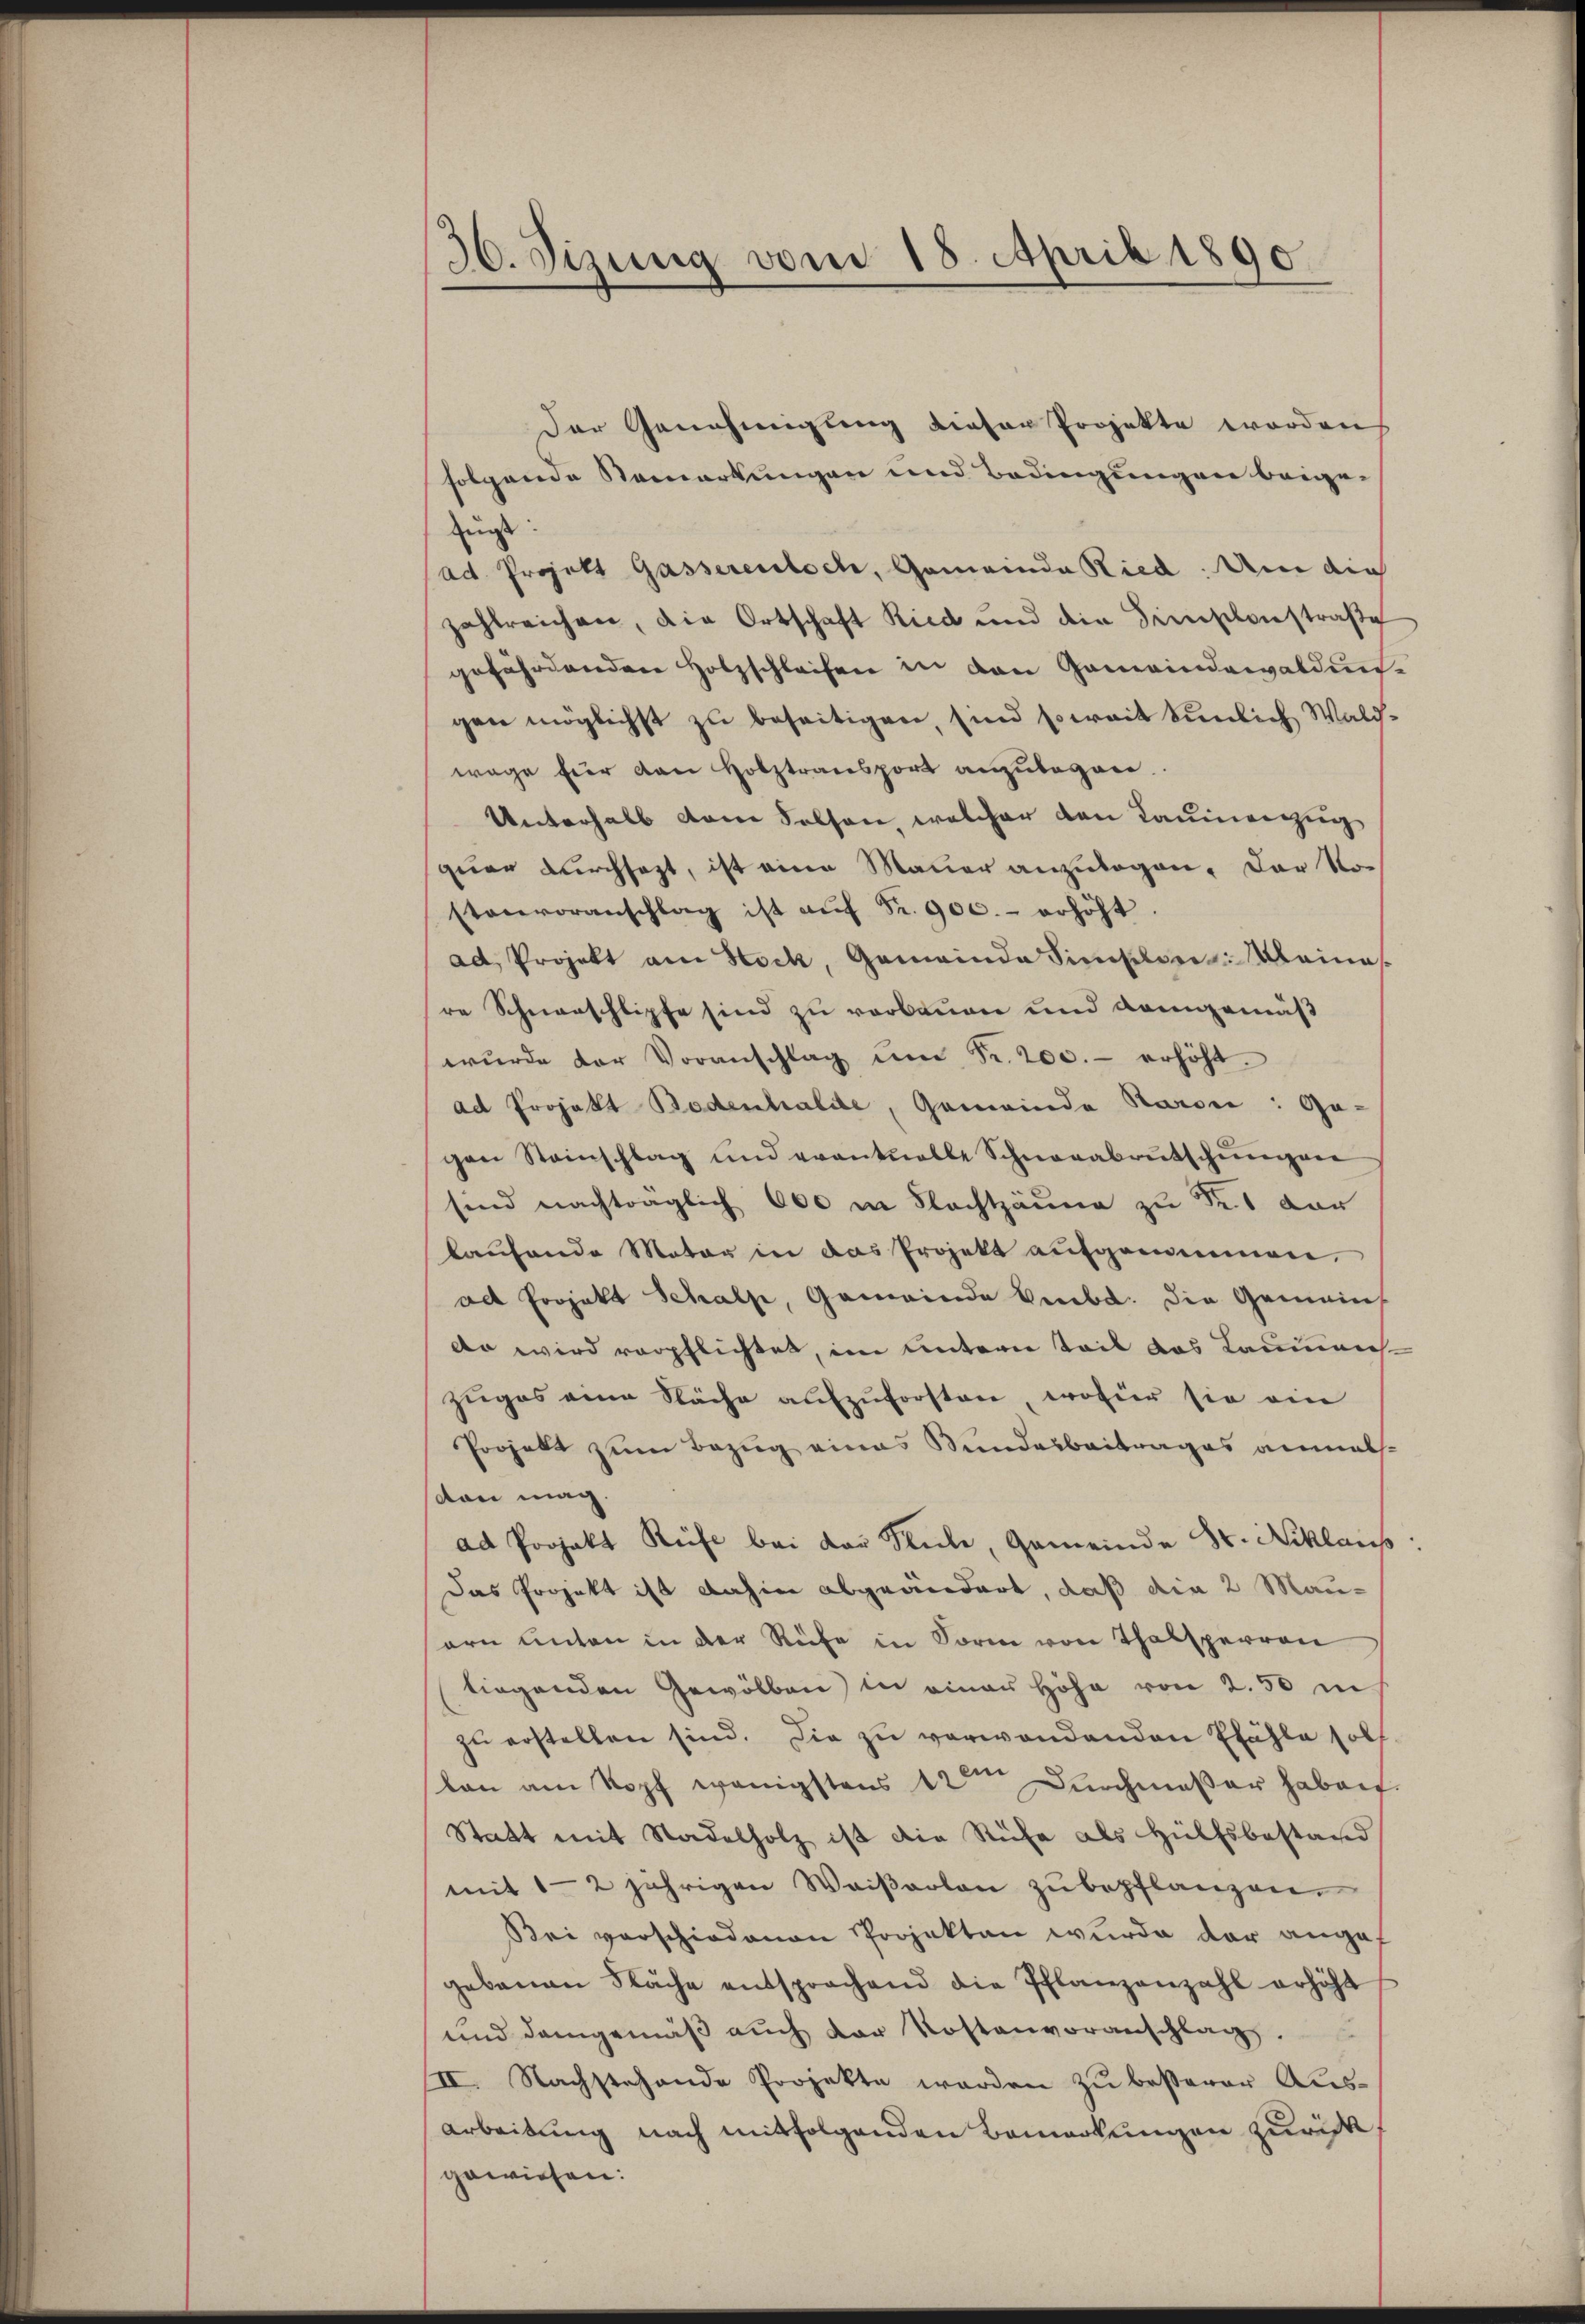
36. Sizung vom 18. April 1890.

Der Genehmigung dieser Projekte worden
folgende Bemerkungen und Bedingungen beige-
zŭgs
(ad. Projekt Gasserentsch, Gemeinde Ried: Um die
zahlreichen, die Ortschaft Ried und die Simsonstraße
gefährdenden Holzschleifen in den Gemeindewaldungen möglichst zu beseitigen, sind soweit tunlich Walchwage für den Holztransport anzubegan
Unterhalb dem Selsen, welcher den Raumenzug
geier durchsagt, ist eine Mauer anzulagen. Der Vor
stenvoranschlag ist aŭf Fr. 900.- erhöht.
ad, Projekt am Stock, Gemeinde Finsler Meines
re Schnenschlipfe sind zu verbauen und demgemäß
wŭrde der Voranschlag ŭm Fr. 200.- erhöht.
ad Projekt Bodenhalte, Gemeinde Kaiser: Gogen Steinschlag und eventuelle Schnenabrütschŭngen
sind nachträglich 600 in Flachtzäune zu des dar
laufende Mater in das Projekt aufgenommen,
alt Projekt Schalse, Gemeinde Liebe. Die Gemeins
do wird verpflichtet, im untern teil das Laumens
zŭges eine Näche aufzuforsten, wofür sie ein
Projekt zum Bezug eines Bundesbeitrages anmasdon mag.
ad Projekt Reife bei der Stube, Gemeinde Sr. Niklaus
Das Projekt ist dahin abgeändert, daß die 2 Mauern anten in der Rufe in Form von Thalsperren
liegenden Gewölben in einer Höhe von 2. 50 in
zŭ erstellen sind. Die zu verwendenden Pfähle soll
lan am Kopf wenigstens 12ten Durchmasser haben.
Statt mit Stadelholz ist die Rüfe als Hülfsbestand
mit 12 jährigen Weiβarlon zŭ bepflanzen.
Bei vorschiedenen Projekten wurde der angef
gebenen Fläche entsprochend die Pflanzenzahl erhöht
und demgemäβ aŭch der Kostenvoranschlag.
II. Nachstehende Projekte werden zu besserer Aus¬
Arbeitung nach mitfolgenden Bemerkungen zurück
gewiesen: